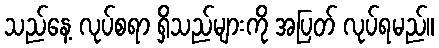
သည်နေ့ လုပ်စရာ ရှိသည်များကို အပြတ် လုပ်ရမည်။